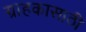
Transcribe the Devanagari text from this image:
ग्राहकासाठी